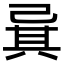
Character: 㠱